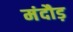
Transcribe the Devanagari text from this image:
मंदौड़